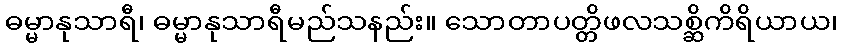
ဓမ္မာနုသာရီ၊ ဓမ္မာနုသာရီမည်သနည်း။ သောတာပတ္တိဖလသစ္ဆိကိရိယာယ၊